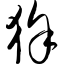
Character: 狳